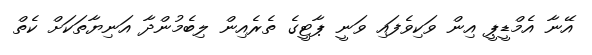
އޭނާ އެމްޑީޕީ އިން ވަކިވެފައި ވަނީ ޕާޓީގެ ތެރެއިން ލިބެމުންދާ އަނިޔާތަކަށް ކެތް